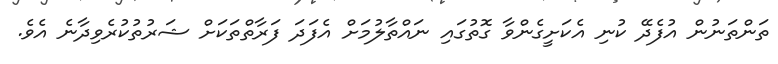
ތަންތަނުން އުފެދޭ ކުނި އެކަށީގެންވާ ގޮތުގައި ނައްތާލުމަށް އެފަދަ ފަރާތްތަކަށް ޝަރުތުކުރެވިދާނެ އެވެ.